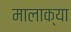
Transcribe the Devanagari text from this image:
मालाक्‍या